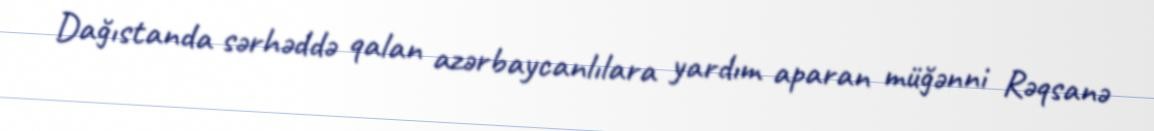
Dağıstanda sərhəddə qalan azərbaycanlılara yardım aparan müğənni Rəqsanə